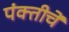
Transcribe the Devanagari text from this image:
पंक्तीचें